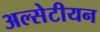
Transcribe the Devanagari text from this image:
अल्सेटीयन